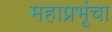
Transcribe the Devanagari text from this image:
महाप्रभूंचा